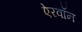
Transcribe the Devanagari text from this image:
ऐरवॉन